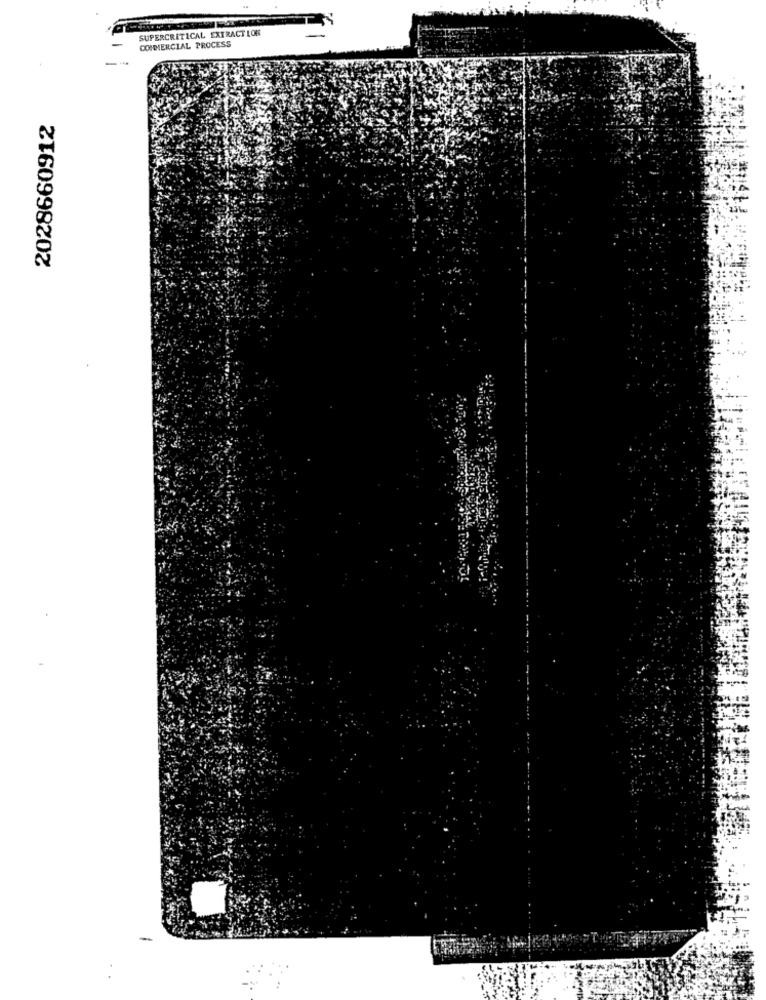
SUPERCRITICAL EXTRACT LON
COMMERCIAL PROCESS
2028660912